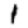
Digit: 1